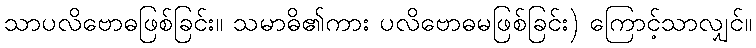
သာပလိဗောဓဖြစ်ခြင်း။ သမာဓိ၏ကား ပလိဗောဓမဖြစ်ခြင်း) ကြောင့်သာလျှင်။